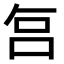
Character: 𠰞